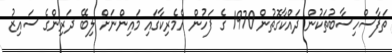
ތަފާސްހިސާބުތަކުން ދައްކާގޮތުން 1970 ގެ ފަހުން އެމެރިކާގައި މައިންނަށް ލިބޭ ދަރިންގެ ސައިޒު